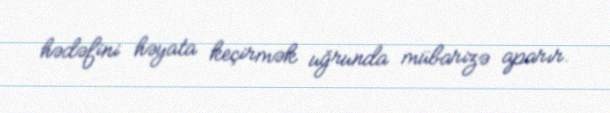
hədəfini həyata keçirmək uğrunda mübarizə aparır.